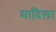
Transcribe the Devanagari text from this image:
मादिला